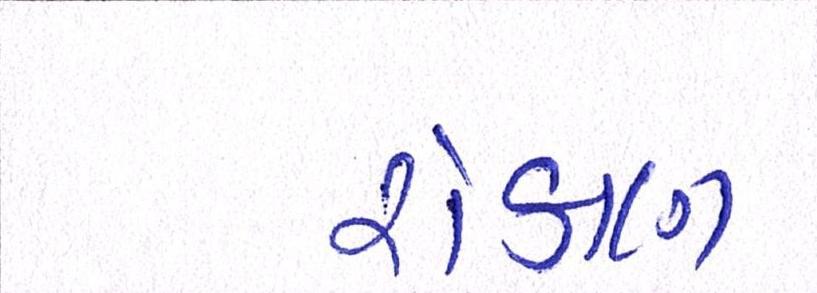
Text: રોકાણ